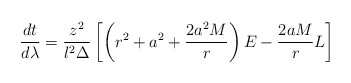
\begin{align*}\frac{dt}{d\lambda}= \frac{z^2}{l^2\Delta}\left[\left(r^2+a^2+\frac{2a^2M}{r}\right) E-\frac{2aM}{r}L\right]\end{align*}